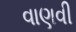
વાણવી